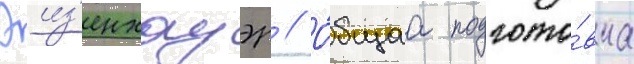
эиз'енхауэр // О́бщаа подгото́вка